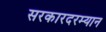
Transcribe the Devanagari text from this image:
सरकारदरम्यान